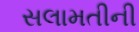
સલામતીની